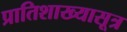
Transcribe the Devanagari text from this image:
प्रातिशाख्यासूत्र